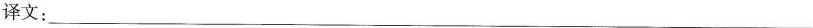
译文：___